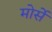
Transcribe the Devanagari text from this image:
मोर्से